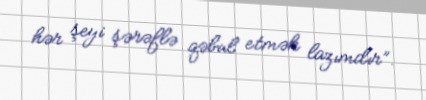
hər şeyi şərəflə qəbul etmək lazımdır”.